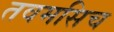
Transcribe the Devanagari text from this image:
तवमसिच